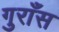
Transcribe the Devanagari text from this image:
गुराँस